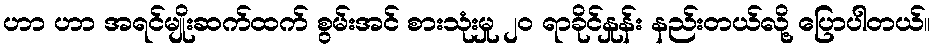
ဟာ ဟာ အရင်မျိုးဆက်ထက် စွမ်းအင် စားသုံးမှု ၂၀ ရာခိုင်နှုန်း နည်းတယ်လို့ ပြောပါတယ်။